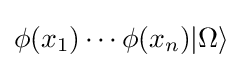
\phi (x_{1})\cdots \phi (x_{n})|\Omega \rangle